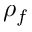
\rho _ { f }